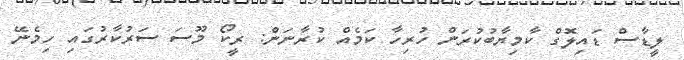
ލީޑާސް ޑައިލޮގް ކާމިޔާބުކުރަން ހުރިހާ ކަމެއް ކުރާނަން: ރީކޯ މޫސަ ސަރުކާރުގައި ހިމެނޭ